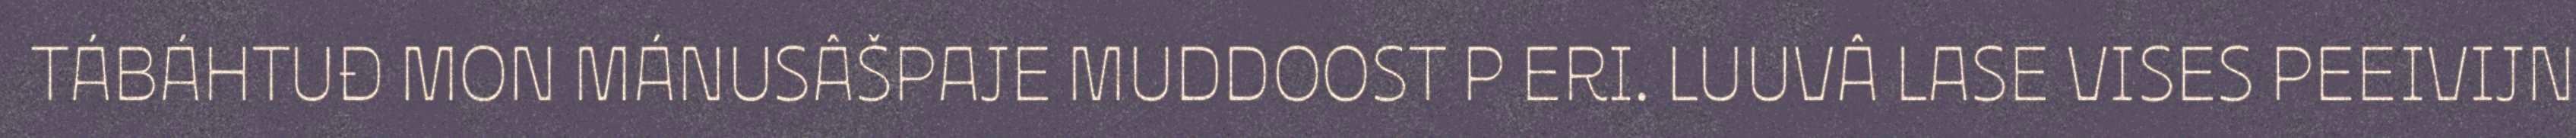
TÁBÁHTUĐ MON MÁNUSÂŠPAJE MUDDOOST P ERI. LUUVÂ LASE VISES PEEIVIJN